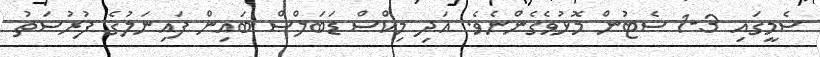
ސެމީގައި 3-1 ސެޓުން މޮޅުވެގެންނެވެ. އަދި މިކްސް ޑަބަލްސް ބައިން ފައިނަލުގެ ފުރުސަތު